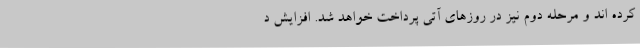
کرده‌ اند و مرحله دوم نیز در روزهای آتی پرداخت خواهد شد. افزایش د